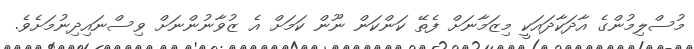
މުސްލިމުންގެ އާދަކާދައަކީ މިޒަމާނަށް ފެތޭ ކަންކަން ނޫން ކަމަށް އެ ޒުވާނުންނަށް ވިސްނައިދިނުމަށެވެ.